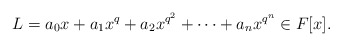
\begin{align*}L=a_0x+a_1x^q+a_2x^{q^2}+\cdots+a_n x^{q^n} \in F[x].\end{align*}